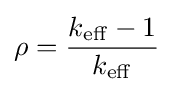
\rho ={k_{\mathrm {eff} }-1 \over k_{\mathrm {eff} }}